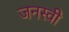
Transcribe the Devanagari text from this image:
जनस्वी